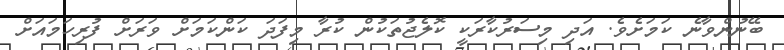
ބޭނުންވާނެ ކަމަށެވެ. އަދި މިސަރުކާރަކީ ކޮލެޖުތަކުން ކުރާ މިފަދަ ކަންކަމަށް ވަރަށް ފުރިހަމައަށް